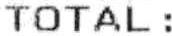
TOTAL: